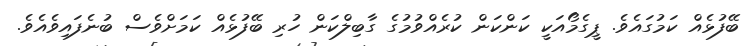
ބޭފުޅެއް ކަމުގައެވެ. ޕީގެމޯއަކީ ކަންކަން ކުރެއްވުމުގެ ގާބިލްކަން ހުރި ބޭފުޅެއް ކަމަށްވެސް ބުނެފައިވެއެވެ.